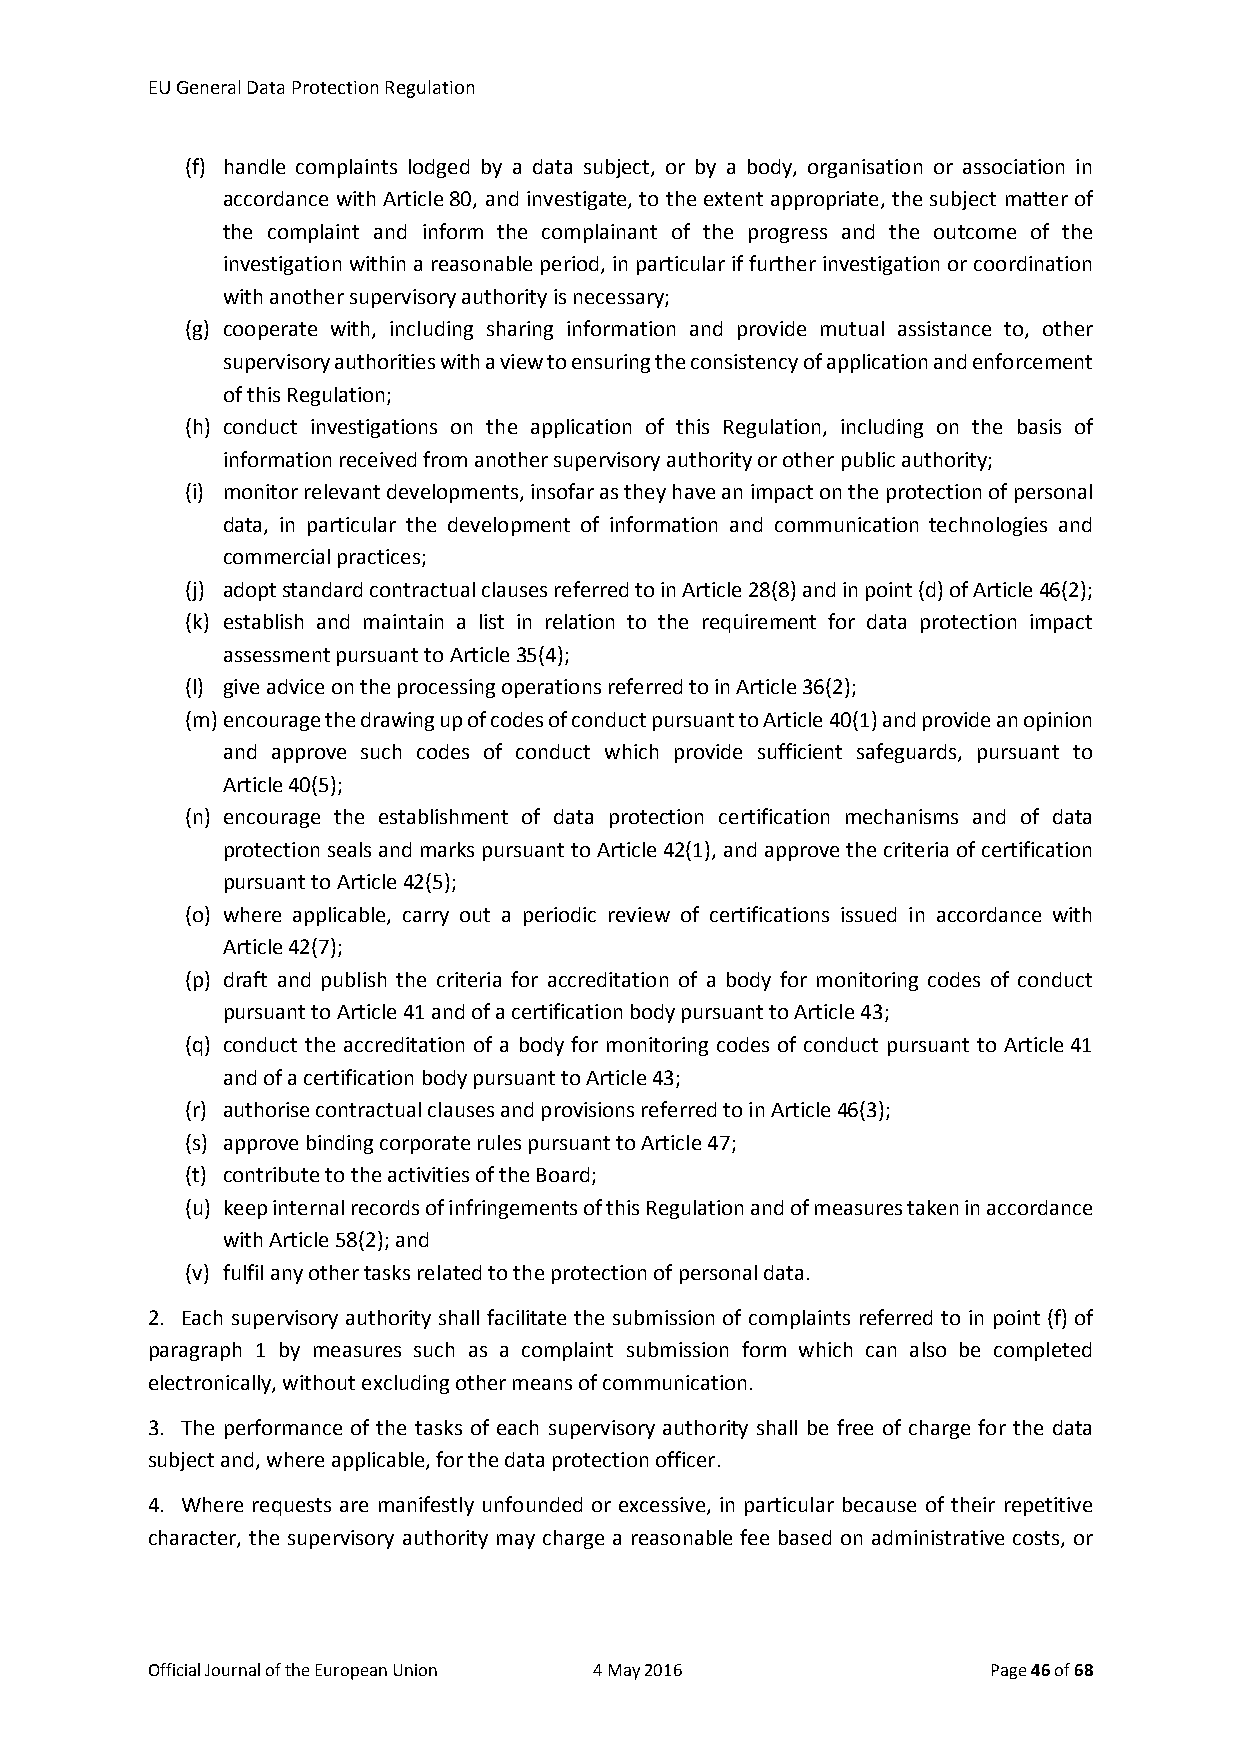
EU General Data Protection Regulation
 (f) handle complaints lodged by a data subject, or by a body, organisation or association in
 accordance with Article 80, and investigate, to the extent appropriate, the subject matter of
 the complaint and inform the complainant of the progress and the outcome of the
 investigation within a reasonable period, in particular if further investigation or coordination
 with another supervisory authority is necessary;
 (g) cooperate with, including sharing information and provide mutual assistance to, other
 supervisory authorities with a view to ensuring the consistency of application and enforcement
 of this Regulation;
 (h) conduct investigations on the application of this Regulation, including on the basis of
 information received from another supervisory authority or other public authority;
 (i) monitor relevant developments, insofar as they have an impact on the protection of personal
 data, in particular the development of information and communication technologies and
 commercial practices;
 (j) adopt standard contractual clauses referred to in Article 28(8) and in point (d) of Article 46(2);
 (k) establish and maintain a list in relation to the requirement for data protection impact
 assessment pursuant to Article 35(4);
 (l) give advice on the processing operations referred to in Article 36(2);
 (m) encourage the drawing up of codes of conduct pursuant to Article 40(1) and provide an opinion
 and approve such codes of conduct which provide sufficient safeguards, pursuant to
 Article 40(5);
 (n) encourage the establishment of data protection certification mechanisms and of data
 protection seals and marks pursuant to Article 42(1), and approve the criteria of certification
 pursuant to Article 42(5);
 (o) where applicable, carry out a periodic review of certifications issued in accordance with
 Article 42(7);
 (p) draft and publish the criteria for accreditation of a body for monitoring codes of conduct
 pursuant to Article 41 and of a certification body pursuant to Article 43;
 (q) conduct the accreditation of a body for monitoring codes of conduct pursuant to Article 41
 and of a certification body pursuant to Article 43;
 (r) authorise contractual clauses and provisions referred to in Article 46(3);
 (s) approve binding corporate rules pursuant to Article 47;
 (t) contribute to the activities of the Board;
 (u) keep internal records of infringements of this Regulation and of measures taken in accordance
 with Article 58(2); and
 (v) fulfil any other tasks related to the protection of personal data.
 2. Each supervisory authority shall facilitate the submission of complaints referred to in point (f) of
 paragraph 1 by measures such as a complaint submission form which can also be completed
 electronically, without excluding other means of communication.
 3. The performance of the tasks of each supervisory authority shall be free of charge for the data
 subject and, where applicable, for the data protection officer.
 4. Where requests are manifestly unfounded or excessive, in particular because of their repetitive
 character, the supervisory authority may charge a reasonable fee based on administrative costs, or
 Official Journal of the European Union 4 May 2016       Page 46 of 68